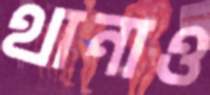
থানাও